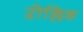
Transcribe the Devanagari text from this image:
ऱोल्लिङ